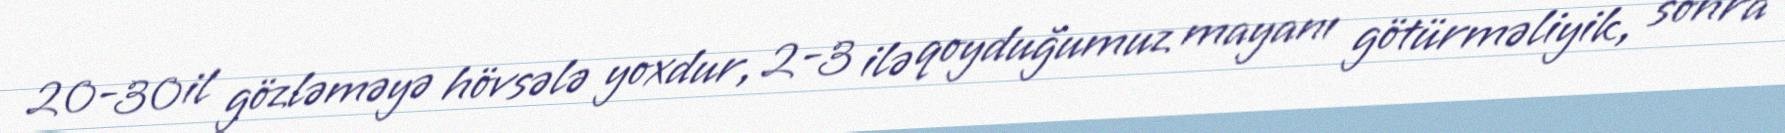
20-30 il gözləməyə hövsələ yoxdur, 2-3 ilə qoyduğumuz mayanı götürməliyik, sonra